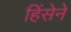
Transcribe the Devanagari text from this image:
हिंसेने